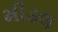
મીડલ